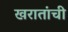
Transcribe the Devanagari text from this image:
खरातांची